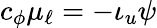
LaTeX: c_{\phi}\mu_{\ell}=-\iota_{u}\psi